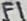
Text: F1